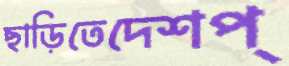
ছাড়িতেদেশপ্